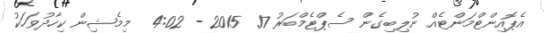
އެޕޮއިންޓްމަންޓެއް ނުލިބިގެން ސެޕްޓެމްބަރު 17